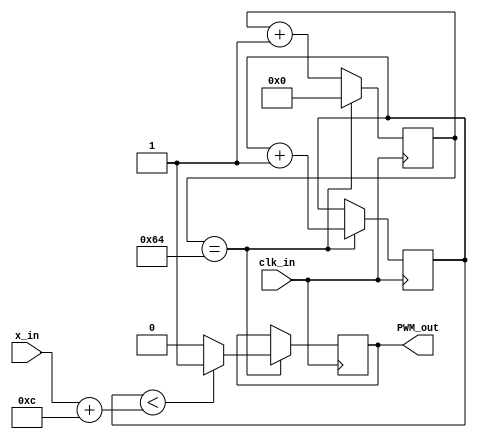
/*

Code from ECE412/3 Capstone team from 2017, Lucas Myers,  Svyatoslav Zhuchenya, Casey Montgomery, Charley  Hill
File downloaded from: https://github.com/lucas709/drone_soc/blob/master/verilog_src/pwm_generator.v

*/
module pwm_generator(PWM_out, x_in, clk_in);   	
   output reg PWM_out = 0;          //PWM signal out
   input [10:0] x_in;                //control value that defines pulse width
   input        clk_in;              //clock for counter
   
   parameter DIVIDER_SIZE  = 100;   // divider to get the frequency of PWM down to 500Hz
   reg [9:0]  counter = 0;
   reg [15:0]  divider = 0;
   
   always@ (posedge clk_in )
     begin
	   if ( divider == DIVIDER_SIZE )
	     begin   
	       if ( counter < x_in + 12)
             PWM_out <= 1;
           else
             PWM_out <= 0;
	     counter <= counter+1;
	     divider <= 0;
	     end
	   else 
	     divider <= divider+1;
    end
endmodule